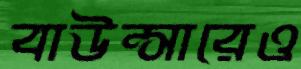
বাউন্সারেও